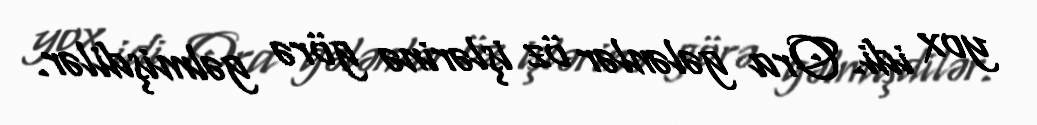
yox idi. Ora gələnlər öz işlərinə görə gəlmişdilər.